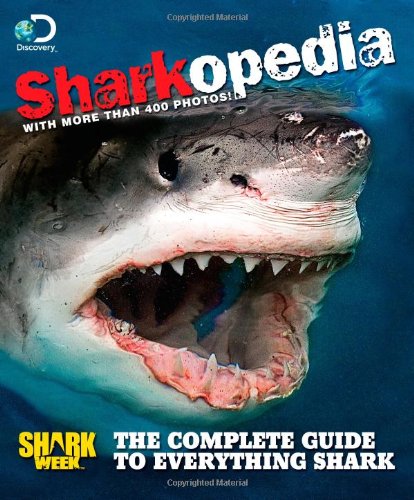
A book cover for Discovery Channel Sharkopedia: The Complete Guide to Everything Shark; Discovery Channel; Children's Books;